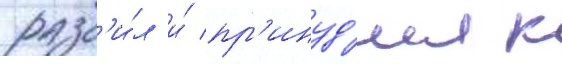
разб'и́л и́ пр'инуд'ил к